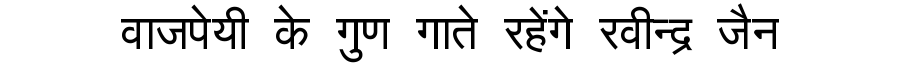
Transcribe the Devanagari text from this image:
वाजपेयी के गुण गाते रहेंगे रवीन्द्र जैन